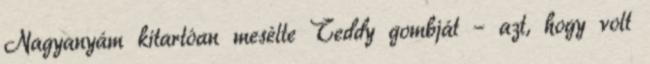
Nagyanyám kitartóan mesélte Teddy gombját – azt, hogy volt